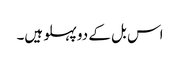
اس بل کے دو پہلو ہیں۔